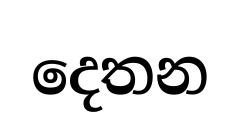
දෙතන